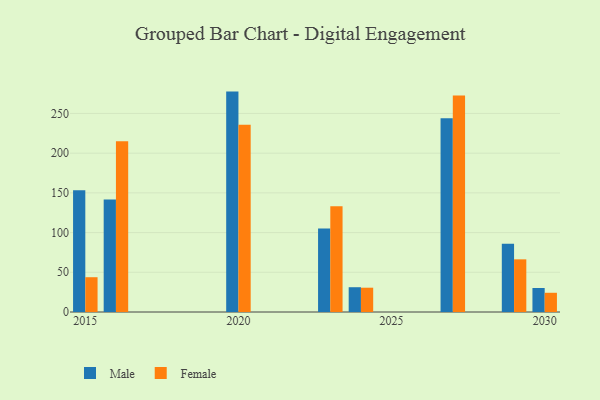
{"axis": {"x": "Year", "y": "Customer Acquisition Cost (USD)"}, "legend": ["Female", "Male"], "data": [{"x": "2020", "y": 277.5, "type": "Male"}, {"x": "2020", "y": 235.7, "type": "Female"}, {"x": "2015", "y": 153.4, "type": "Male"}, {"x": "2015", "y": 43.8, "type": "Female"}, {"x": "2024", "y": 31.2, "type": "Male"}, {"x": "2024", "y": 30.6, "type": "Female"}, {"x": "2023", "y": 105.2, "type": "Male"}, {"x": "2023", "y": 133.2, "type": "Female"}, {"x": "2027", "y": 244.1, "type": "Male"}, {"x": "2027", "y": 272.7, "type": "Female"}, {"x": "2029", "y": 85.8, "type": "Male"}, {"x": "2029", "y": 66.3, "type": "Female"}, {"x": "2016", "y": 141.8, "type": "Male"}, {"x": "2016", "y": 215.1, "type": "Female"}, {"x": "2030", "y": 30.2, "type": "Male"}, {"x": "2030", "y": 24.2, "type": "Female"}]}